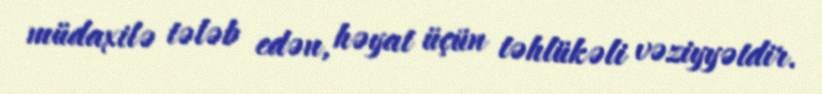
müdaxilə tələb edən, həyat üçün təhlükəli vəziyyətdir.